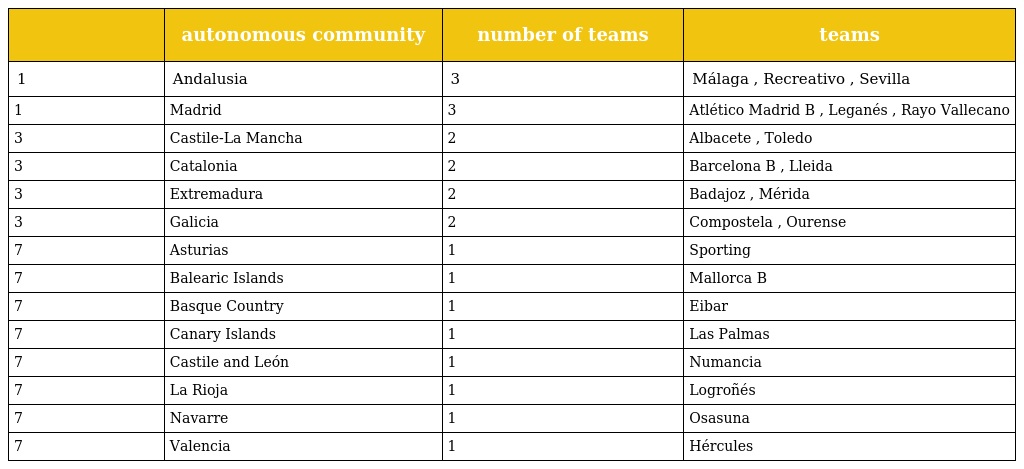
|  | autonomous community | number of teams | teams |
 | --- | --- | --- | --- |
 | 1 | Andalusia | 3 | Málaga , Recreativo , Sevilla |
 | 1 | Madrid | 3 | Atlético Madrid B , Leganés , Rayo Vallecano |
 | 3 | Castile-La Mancha | 2 | Albacete , Toledo |
 | 3 | Catalonia | 2 | Barcelona B , Lleida |
 | 3 | Extremadura | 2 | Badajoz , Mérida |
 | 3 | Galicia | 2 | Compostela , Ourense |
 | 7 | Asturias | 1 | Sporting |
 | 7 | Balearic Islands | 1 | Mallorca B |
 | 7 | Basque Country | 1 | Eibar |
 | 7 | Canary Islands | 1 | Las Palmas |
 | 7 | Castile and León | 1 | Numancia |
 | 7 | La Rioja | 1 | Logroñés |
 | 7 | Navarre | 1 | Osasuna |
 | 7 | Valencia | 1 | Hércules |